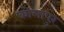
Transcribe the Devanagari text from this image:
कोलापुरं